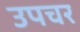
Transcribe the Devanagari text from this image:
उपचर